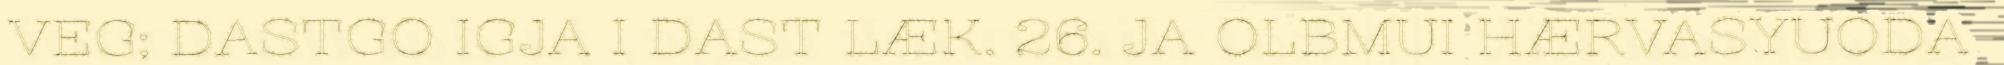
VEG; DASTGO IGJA I DAST LÆK. 26. JA OLBMUI HÆRVASYUODA